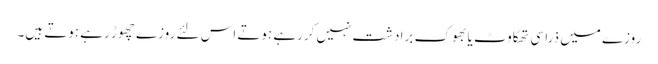
روزے میں ذرا سی تھکاوٹ یا بھوک برادشت نہیں کررہے ہوتے اس لئے روزے چھوڑ رہے ہوتے ہیں۔